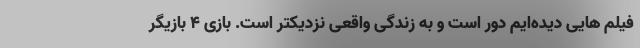
فیلم هایی دیده‌ایم دور است و به زندگی واقعی نزدیکتر است. بازی 4 بازیگر